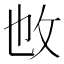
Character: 𢻱